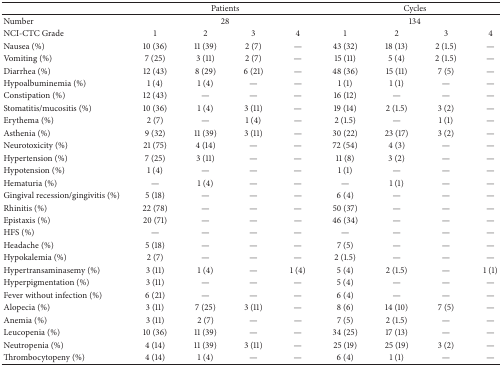
<table><thead><tr><td><b> </b></td><td colspan="4"><b>Patients</b></td><td colspan="4"><b>Cycles</b></td></tr></thead><tbody><tr><td>Number</td><td colspan="4">28</td><td colspan="4">134</td></tr><tr><td>NCI-CTC Grade</td><td>1</td><td>2</td><td>3</td><td>4</td><td>1</td><td>2</td><td>3</td><td>4</td></tr><tr><td>Nausea (%)</td><td>10 (36)</td><td>11 (39)</td><td>2 (7)</td><td>—</td><td>43 (32)</td><td>18 (13)</td><td>2 (1.5)</td><td>—</td></tr><tr><td>Vomiting (%)</td><td>7 (25)</td><td>3 (11)</td><td>2 (7)</td><td>—</td><td>15 (11)</td><td>5 (4)</td><td>2 (1.5)</td><td>—</td></tr><tr><td>Diarrhea (%)</td><td>12 (43)</td><td>8 (29)</td><td>6 (21)</td><td>—</td><td>48 (36)</td><td>15 (11)</td><td>7 (5)</td><td>—</td></tr><tr><td>Hypoalbuminemia (%)</td><td>1 (4)</td><td>1 (4)</td><td>—</td><td>—</td><td>1 (1)</td><td>1 (1)</td><td>—</td><td>—</td></tr><tr><td>Constipation (%)</td><td>12 (43)</td><td>—</td><td>—</td><td>—</td><td>16 (12)</td><td>—</td><td>—</td><td>—</td></tr><tr><td>Stomatitis/mucositis (%)</td><td>10 (36)</td><td>1 (4)</td><td>3 (11)</td><td>—</td><td>19 (14)</td><td>2 (1.5)</td><td>3 (2)</td><td>—</td></tr><tr><td>Erythema (%)</td><td>2 (7)</td><td>—</td><td>1 (4)</td><td>—</td><td>2 (1.5)</td><td>—</td><td>1 (1)</td><td>—</td></tr><tr><td>Asthenia (%)</td><td>9 (32)</td><td>11 (39)</td><td>3 (11)</td><td>—</td><td>30 (22)</td><td>23 (17)</td><td>3 (2)</td><td>—</td></tr><tr><td>Neurotoxicity (%)</td><td>21 (75)</td><td>4 (14)</td><td>—</td><td>—</td><td>72 (54)</td><td>4 (3)</td><td>—</td><td>—</td></tr><tr><td>Hypertension (%)</td><td>7 (25)</td><td>3 (11)</td><td>—</td><td>—</td><td>11 (8)</td><td>3 (2)</td><td>—</td><td>—</td></tr><tr><td>Hypotension (%)</td><td>1 (4)</td><td>—</td><td>—</td><td>—</td><td>1 (1)</td><td>—</td><td>—</td><td>—</td></tr><tr><td>Hematuria (%)</td><td>—</td><td>1 (4)</td><td>—</td><td>—</td><td>—</td><td>1 (1)</td><td>—</td><td>—</td></tr><tr><td>Gingival recession/gingivitis (%)</td><td>5 (18)</td><td>—</td><td>—</td><td>—</td><td>6 (4)</td><td>—</td><td>—</td><td>—</td></tr><tr><td>Rhinitis (%)</td><td>22 (78)</td><td>—</td><td>—</td><td>—</td><td>50 (37)</td><td>—</td><td>—</td><td>—</td></tr><tr><td>Epistaxis (%)</td><td>20 (71)</td><td>—</td><td>—</td><td>—</td><td>46 (34)</td><td>—</td><td>—</td><td>—</td></tr><tr><td>HFS (%)</td><td>—</td><td>—</td><td>—</td><td>—</td><td>—</td><td>—</td><td>—</td><td>—</td></tr><tr><td>Headache (%)</td><td>5 (18)</td><td>—</td><td>—</td><td>—</td><td>7 (5)</td><td>—</td><td>—</td><td>—</td></tr><tr><td>Hypokalemia (%)</td><td>2 (7)</td><td>—</td><td>—</td><td>—</td><td>2 (1.5)</td><td>—</td><td>—</td><td>—</td></tr><tr><td>Hypertransaminasemy (%)</td><td>3 (11)</td><td>1 (4)</td><td>—</td><td>1 (4)</td><td>5 (4)</td><td>2 (1.5)</td><td>—</td><td>1 (1)</td></tr><tr><td>Hyperpigmentation (%)</td><td>3 (11)</td><td>—</td><td>—</td><td>—</td><td>5 (4)</td><td>—</td><td>—</td><td>—</td></tr><tr><td>Fever without infection (%)</td><td>6 (21) </td><td>—</td><td>—</td><td>—</td><td>6 (4)</td><td>—</td><td>—</td><td>—</td></tr><tr><td>Alopecia (%)</td><td>3 (11)</td><td>7 (25)</td><td>3 (11)</td><td>—</td><td>8 (6)</td><td>14 (10)</td><td>7 (5)</td><td>—</td></tr><tr><td>Anemia (%)</td><td>3 (11)</td><td>2 (7)</td><td>—</td><td>—</td><td>7 (5)</td><td>2 (1.5)</td><td>—</td><td>—</td></tr><tr><td>Leucopenia (%)</td><td>10 (36)</td><td>11 (39)</td><td>—</td><td>—</td><td>34 (25)</td><td>17 (13)</td><td>—</td><td>—</td></tr><tr><td>Neutropenia (%)</td><td>4 (14)</td><td>11 (39)</td><td>3 (11)</td><td>—</td><td>25 (19)</td><td>25 (19)</td><td>3 (2)</td><td>—</td></tr><tr><td>Thrombocytopeny (%)</td><td>4 (14)</td><td>1 (4)</td><td>—</td><td>—</td><td>6 (4)</td><td>1 (1)</td><td>—</td><td>—</td></tr></tbody></table>